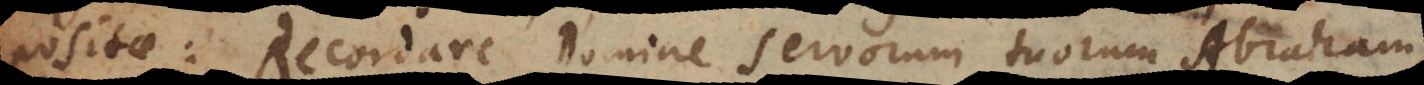
positae: Recordare Domine servorum tuorum Abraham,